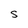
Character: S